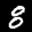
Label: 8